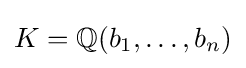
K=\mathbb {Q} (b_{1},\ldots ,b_{n})